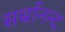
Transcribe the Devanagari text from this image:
सर्बानन्द